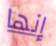
إنها